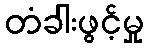
တံခါးဖွင့်မှု